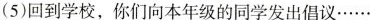
(5)回到学校，你们向本年级的同学发出倡议……